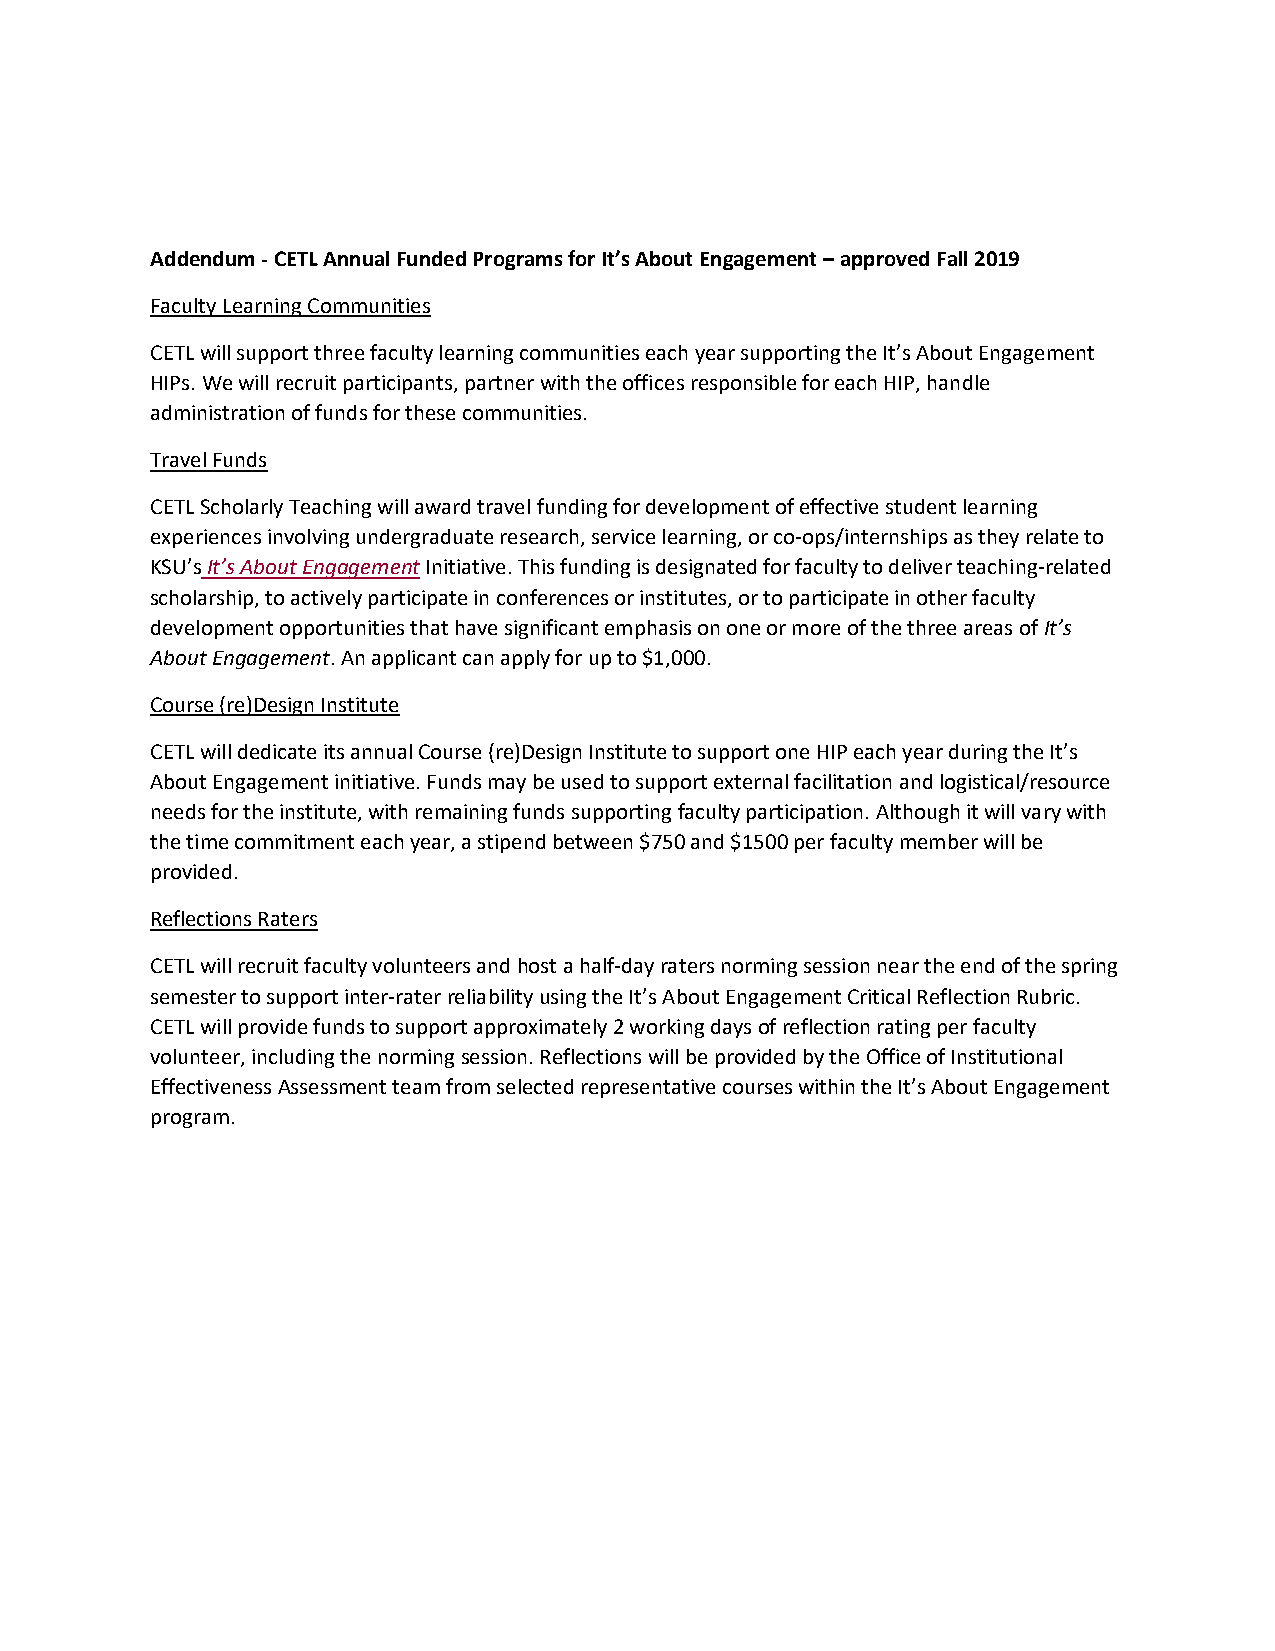
Addendum - CETL Annual Funded Programs for It’s About Engagement – approved Fall 2019
 Faculty Learning Communities
 CETL will support three faculty learning communities each year supporting the It’s About Engagement
 HIPs. We will recruit participants, partner with the offices responsible for each HIP, handle
 administration of funds for these communities.
 Travel Funds
 CETL Scholarly Teaching will award travel funding for development of effective student learning
 experiences involving undergraduate research, service learning, or co-ops/internships as they relate to
 KSU’s It’s About Engagement Initiative. This funding is designated for faculty to deliver teaching-related
 scholarship, to actively participate in conferences or institutes, or to participate in other faculty
 development opportunities that have significant emphasis on one or more of the three areas of It’s
 About Engagement. An applicant can apply for up to $1,000.
 Course (re)Design Institute
 CETL will dedicate its annual Course (re)Design Institute to support one HIP each year during the It’s
 About Engagement initiative. Funds may be used to support external facilitation and logistical/resource
 needs for the institute, with remaining funds supporting faculty participation. Although it will vary with
 the time commitment each year, a stipend between $750 and $1500 per faculty member will be
 provided.
 Reflections Raters
 CETL will recruit faculty volunteers and host a half-day raters norming session near the end of the spring
 semester to support inter-rater reliability using the It’s About Engagement Critical Reflection Rubric.
 CETL will provide funds to support approximately 2 working days of reflection rating per faculty
 volunteer, including the norming session. Reflections will be provided by the Office of Institutional
 Effectiveness Assessment team from selected representative courses within the It’s About Engagement
 program.